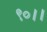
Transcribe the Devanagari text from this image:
९०।।